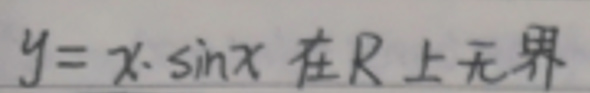
$y = x \cdot \sin x$在R上无界